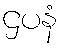
ဌပနံ